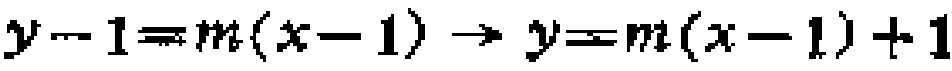
\(y - 1 = m(x - 1) \to y = m(x - 1)+1\)